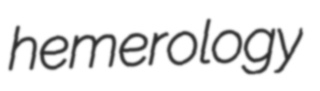
hemerology